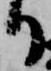
り